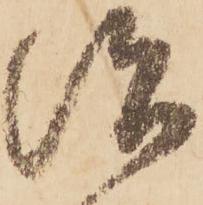
治